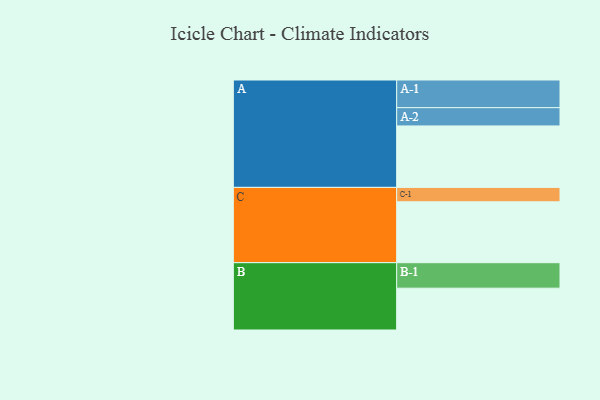
{"axis": {"x": "Segment", "y": "Value"}, "legend": ["", "A", "B", "C"], "data": [{"x": "A", "y": 538, "type": ""}, {"x": "B", "y": 366, "type": ""}, {"x": "C", "y": 533, "type": ""}, {"x": "A-1", "y": 242, "type": "A"}, {"x": "A-2", "y": 160, "type": "A"}, {"x": "B-1", "y": 223, "type": "B"}, {"x": "C-1", "y": 126, "type": "C"}]}